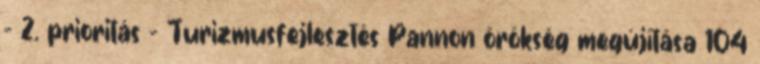
- 2. prioritás - Turizmusfejlesztés Pannon örökség megújítása 104